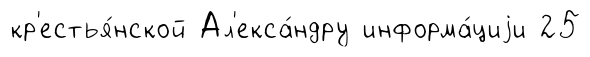
кр'естья́нской Ал'екса́ндру информа́циjи 25